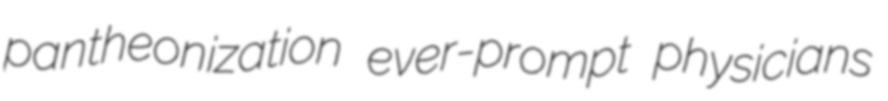
pantheonization ever-prompt physicians